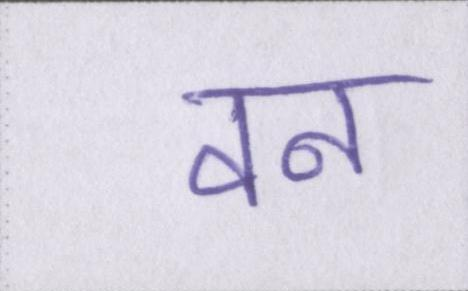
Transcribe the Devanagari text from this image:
वन